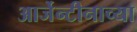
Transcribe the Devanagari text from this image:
आर्जेन्टीनाच्या